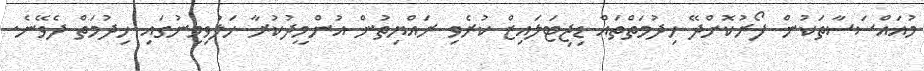
މުއައްސަސާތަކުން ފޯރުކޮށްދޭ ޚިދުމަތްތައް ޑިޖިޓަލައިޒް ކުރެވި ރައްޔިތުން އުންމީދުކުރާ ހަލުވިމިނުގައި ޚިދުމަތް ދެވޭނެ.